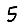
Digit: 5